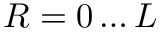
R = 0 \ldots L